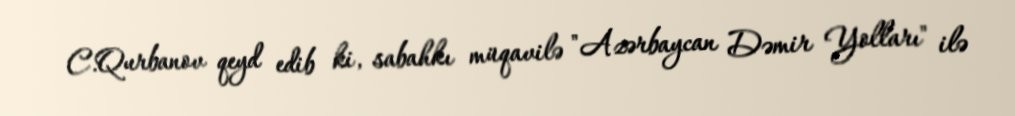
C.Qurbanov qeyd edib ki, sabahkı müqavilə "Azərbaycan Dəmir Yolları" ilə